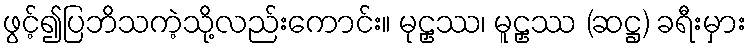
ဖွင့်၍ပြဘိသကဲ့သို့လည်းကောင်း။ မုဠှဿ၊ မူဠှဿ (ဆဋ္ဌ) ခရီးမှား